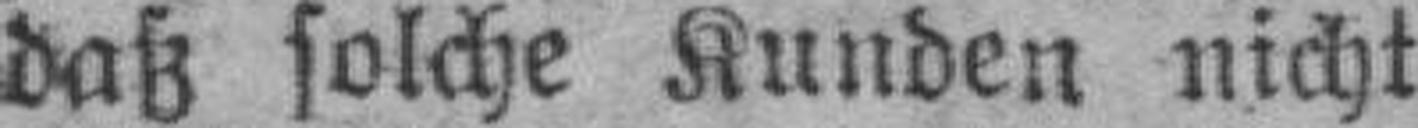
daß solche Kunden nicht